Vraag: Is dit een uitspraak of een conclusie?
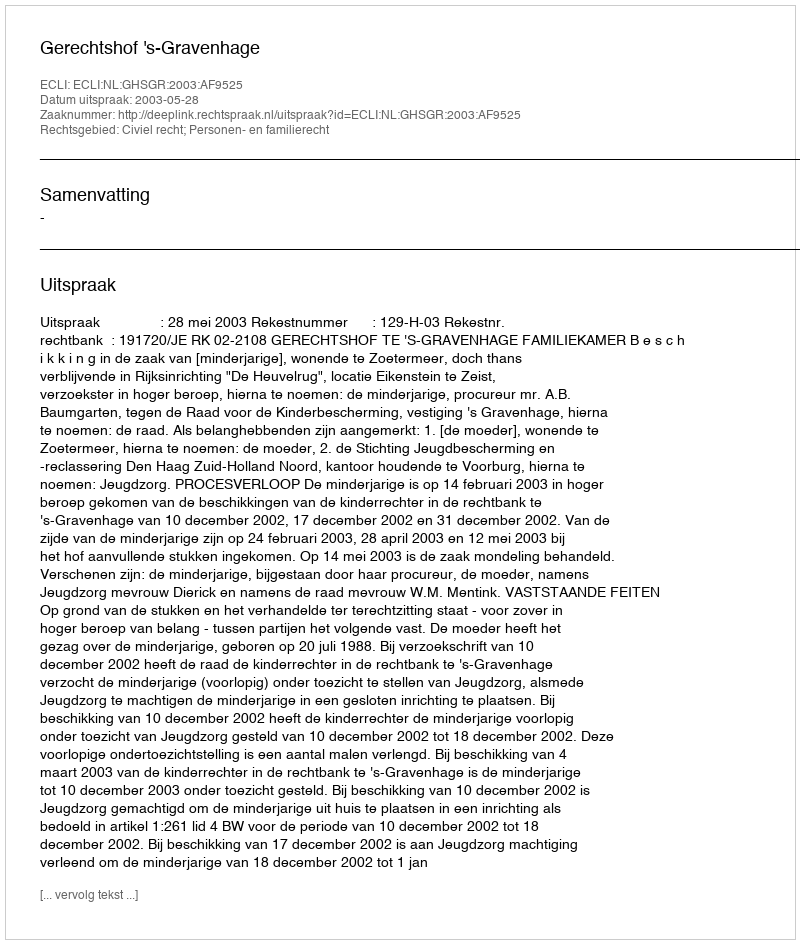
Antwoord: Uitspraak